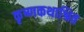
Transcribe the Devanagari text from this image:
कृष्णकथाश्रित